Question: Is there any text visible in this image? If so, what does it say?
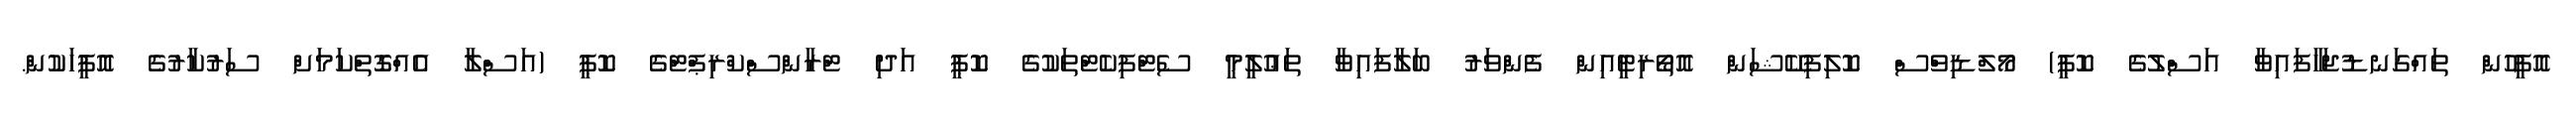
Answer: އޮފީހުން ތައްގަނޑުޖަހާފައިވާ އަސްލުގެ ކޮޕީ) މޯލްޑިވްސް ކޮލިފިކޭޝަން އޮތޯރިޓީއިން ފެންވަރު ބަލާފައިވާ ތަޢުލީމީ ސެޓްފިކެޓްތަކުގެ ކޮޕީ އަދި ޓްރާންސްކްރިޕްޓްގެ ކޮޕީ (އަސްލާ އެއްގޮތްކަމަށް ސަރުކާރުގެ އޮފީހަކުން.